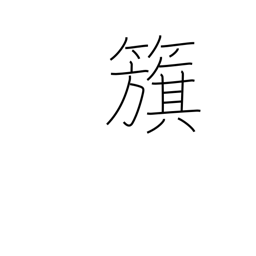
Meaning: flag